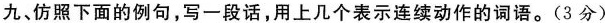
九、仿照下面的例句，写一段话，用上几个表示连续动作的词语。(3分)